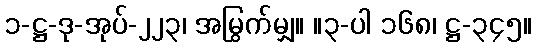
၁-ဋ္ဌ-ဒု-အုပ်-၂၂၃၊ အမြွက်မျှ။ ။၃-ပါ ၁၆၈၊ ဋ္ဌ-၃၄၅။